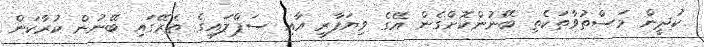
ކުދީން މަސްތުވާތަކެތި ބޭނުންކޮށްގެން އޭގެ ވިޔަފާރި އާއި ސަޕްލައިގެ ތެރޭގައި ބޭނުން ކުރާކަން